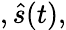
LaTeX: ,{\hat{s}}(t),